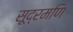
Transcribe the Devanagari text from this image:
सूद्रमणि